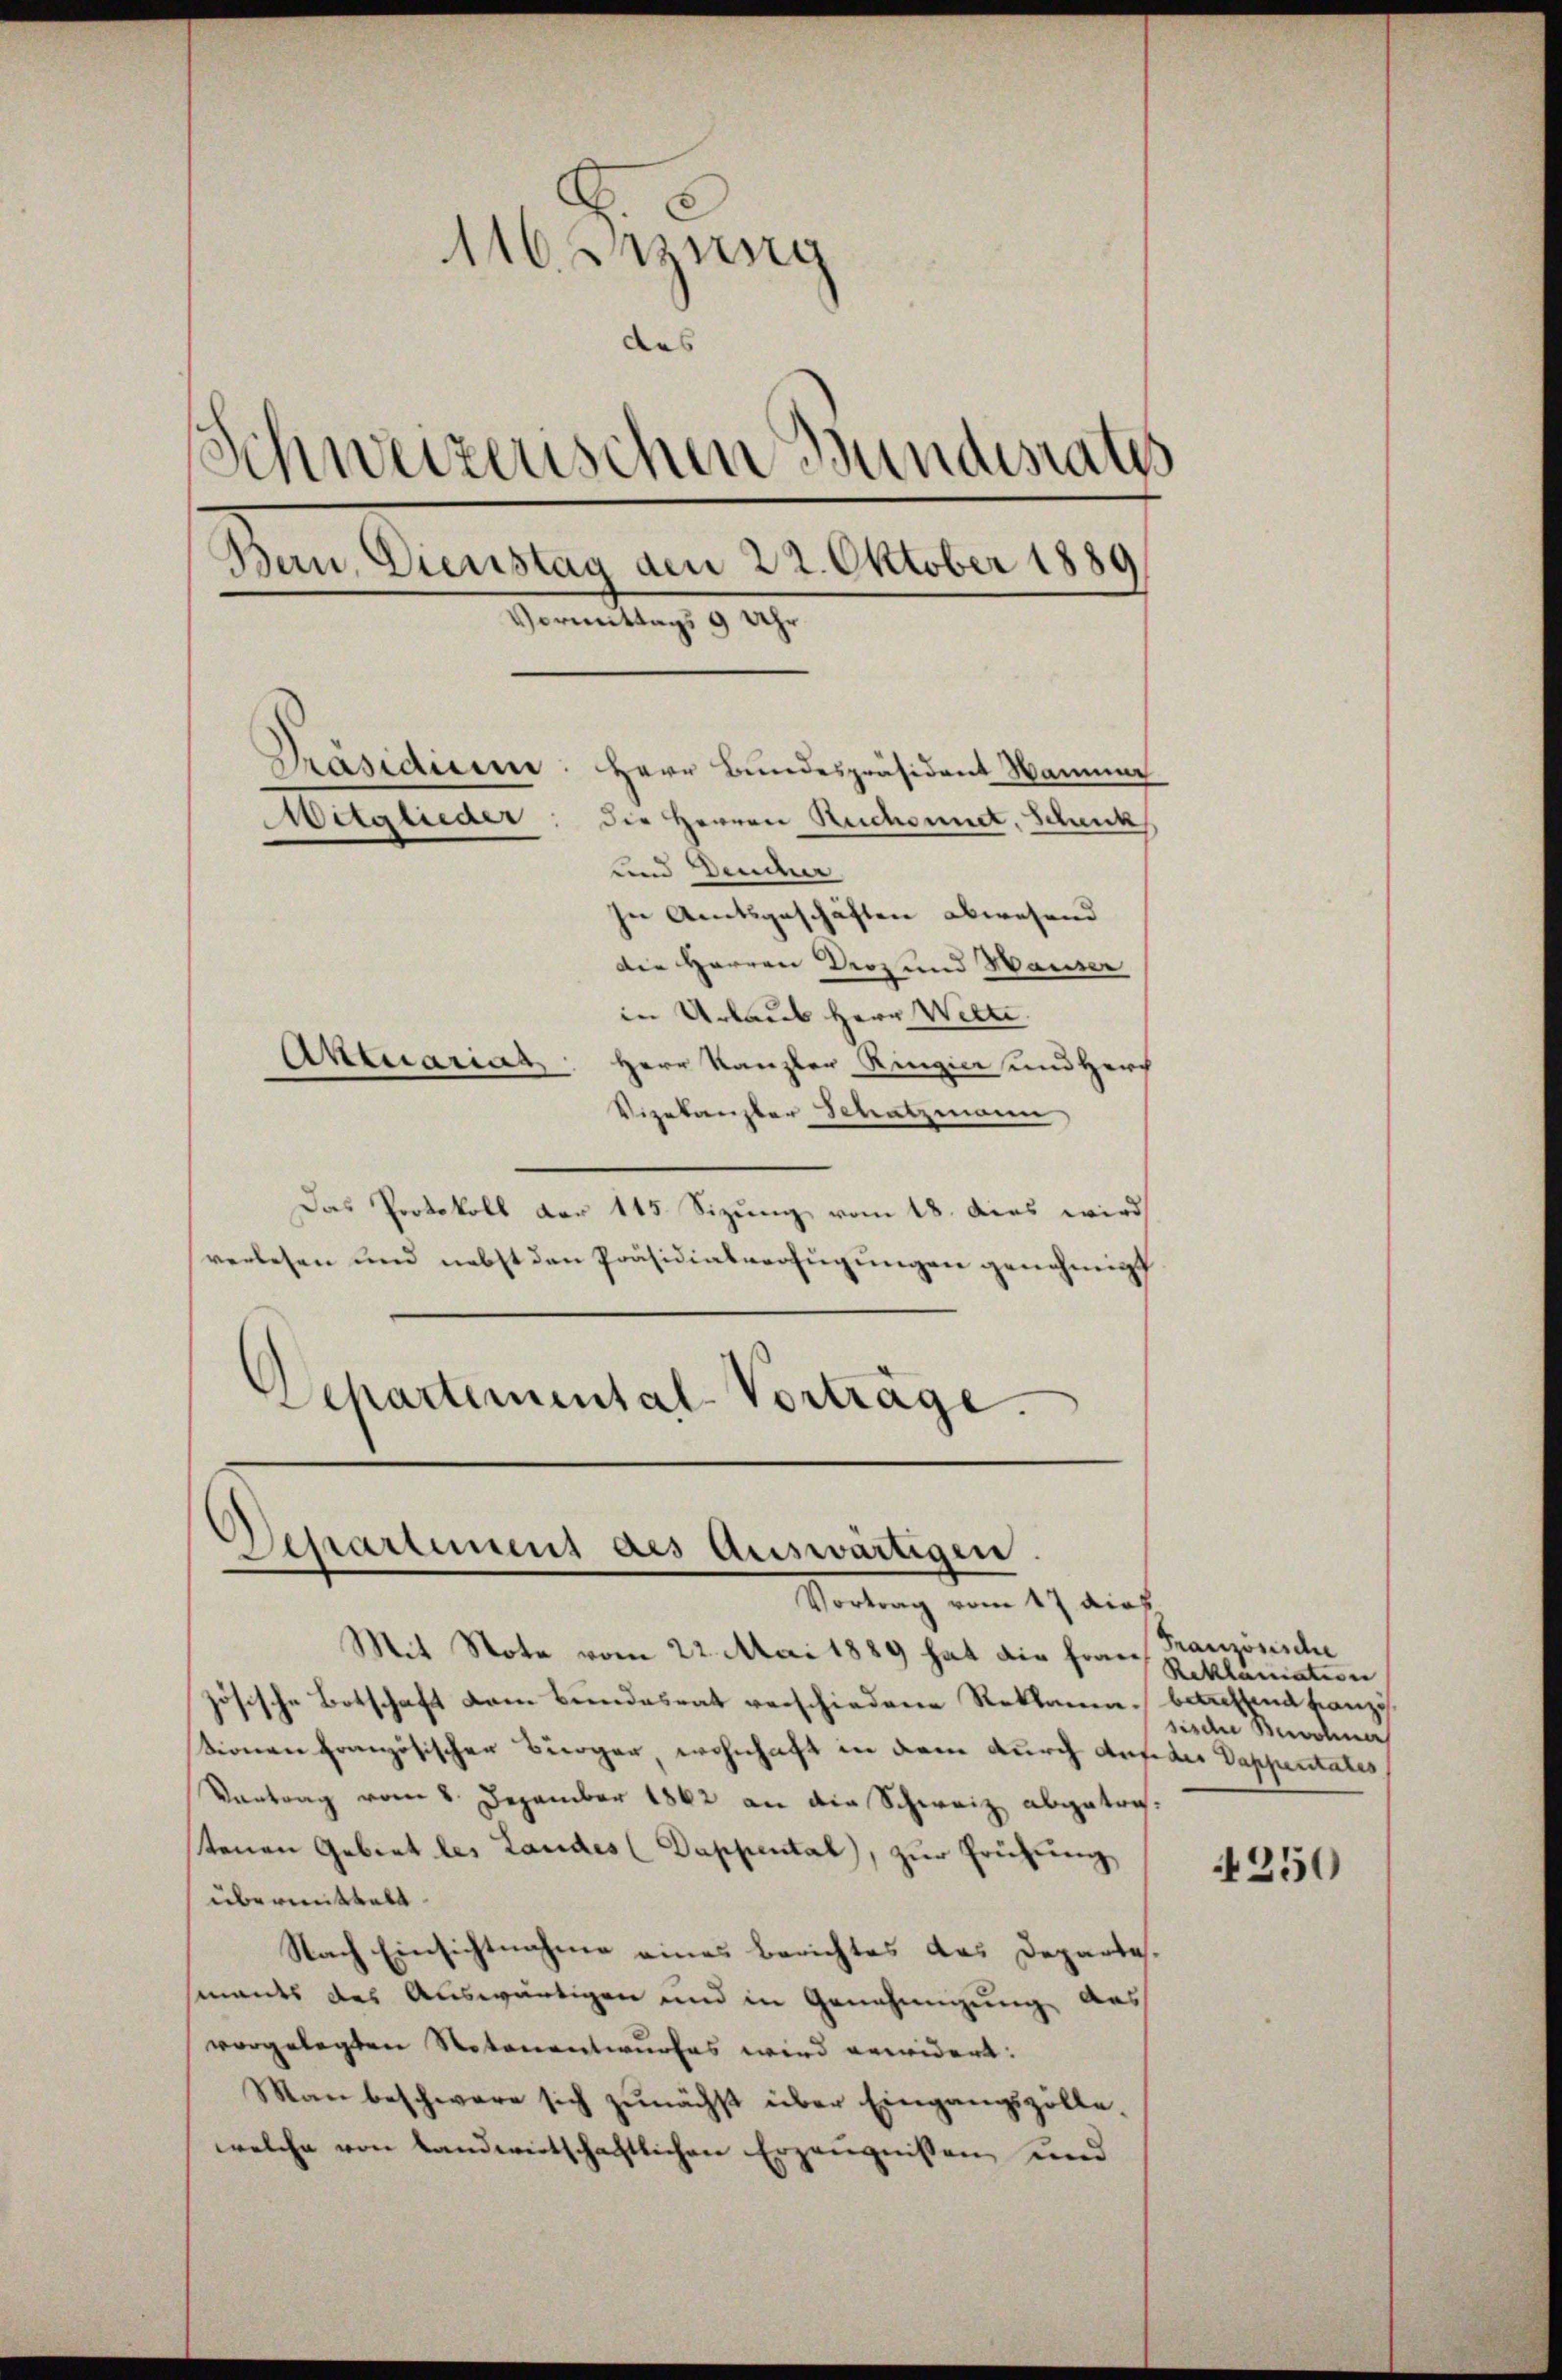
116. anzung
das
Schweizerischen Bundesrates
Ban. Dienstag den 22. Oktober 1889
Vormittags 9 Uhr
Präsidium
Herr Bundespräsident Wammer
Mitglieder: die Herren Rechnet, Schank
und Deucher
In Amtsgeschäften abwesend
die Herren Droz und Hauser
in Urlaub Herr Welte.
Aktuariat
Herr Kanzler Ringier und Herz
Vizekanzler Schatzmann

Das Protokoll der 115 Sizung vom 18. dies wird
verlesen und nebst den Präsidialverfügungen genehmigt
Departemental-Vorträge.

Departement des Auswärtigen
Vortrag vom 17 dich.

Mit Note vom 22. Mai 1889 hat die Frau
zösische Botschaft dem Bundesrat verschiedene Reklamin betreffend anzusionen französischen Bürger wohnhaft in dem durch Anfeder Dappentates
Vantrag vom 8. Dezember 1862 an die Schweiz abgetrastenen Gebiet les Landes (Dappental, zŭr Frühŭng
übermittelt.
Nach Einsichtnahme eines Berichtes das Departemants des Auswärtigen und in Genehmigung aus
vorgelegten Notenentwurfes wird erwidert:
Man beschwere sich zunächst über Eingangszöllewelche von landwirtschaftlichen Erzeugnissen und

Französische
Reklamation
sische Bewohner

4250